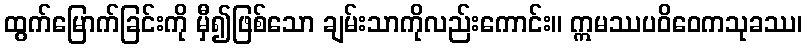
ထွက်မြောက်ခြင်းကို မှီ၍ဖြစ်သော ချမ်းသာကိုလည်းကောင်း။ ဣမဿပဝိဝေကသုခဿ၊